Report on plague and inoculation in the Punjab from October 1st ... to September 30th..., being the ... season of plague in the province
Disease focus: Plague
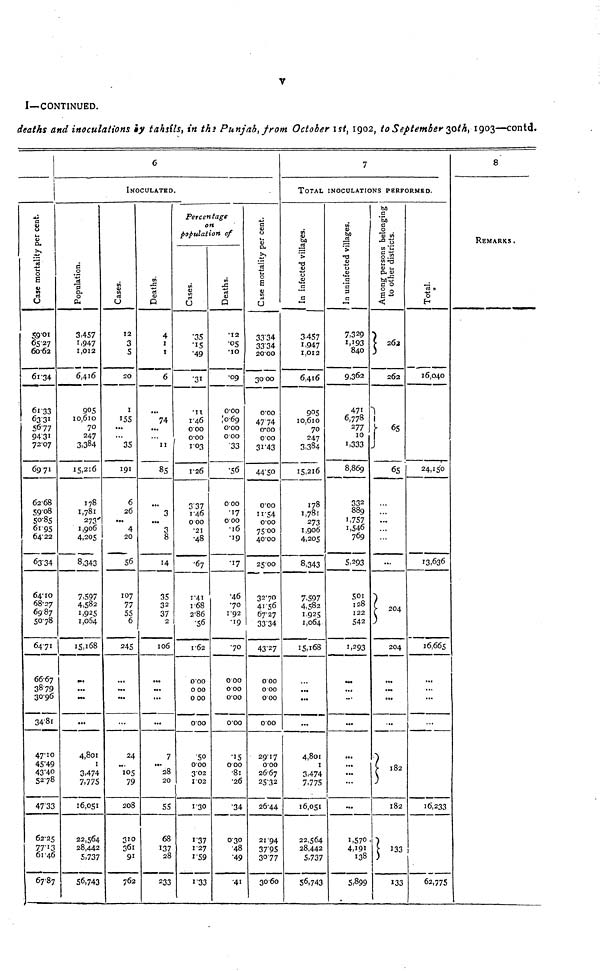
V
I—CONTINUED.
deaths and inoculations by tahsils, in the Punjab, from October 1st, 1902, to September 30th, 1903—contd.
i
Case Mortality per cent.
59.01
65.27
6062
61.34
61.33
63.31
56.77
94.31
72.07
69.71
62.68
59.08
50.85
61.95
64.22
63.34
64.10
68.27
69 87
50.78
64.71
6667
38.79
30.96
34.81
47.10
45.49
43.40
52.78
4733
62.25
77.13
61.46
6787
6
INOCULATED.
Population
3,457
1,947
1,012
6,416
905
10,610
70
247
3,384
15,216
178
1,781
273"
1,906
4,205
8,343
7,597
4,582
1,925
1,064
15,168
...
...
...
4,801
I
3,474
7,775
16,051
22,564
28,442
5,737
56,743
Cases
12
3
5
20
1
155
...
...
35
191
6
26
...
4
20
56
107
77
55
6
245
...
...
24
105
79
208
310
361
91
762
Deaths
4
1
1
6
74
...
11
85
3
...
3
8
14
35
32
37
2
106
...
'••
...
7
...
28
20
55
68
137
28
233
Percentage
on
population of
Cases
.35
.15
.49
.31
.11
1.46
000
000
1.03
1.26
337
1.46
0 00
.21
.48
.67
1.41
1.68
2.86
.56
1.62
000
000
0 00
000
.50
000
302
1.02
1.30
1.37
1.27
1.59
1.33
Deaths
.12
.05
.10
.09
000
,'069
o.oo
0 00
.33
•56
0 00
.17
0 00
.16
.19
.17
.46
70
1.92
.19
.70
0 00
0 00
000
000
.15
000
.81
.26
.34
030
•48
.49
.41
33.34
2000
30 00
o.oo
47 74
0.00
000
31.43
44.50
o.oo
11.54
o.oo
7500
40.00
25.00
32.70
41.56
67.27
3334
43.27
0.00
0 00
000
0 00
29.17
000
2667
25.32
2644
21.94
3795
30.77
3060
7
TOTAL INOCULATIONS PERFORMED.
In infected Village
3457
1,947
1,012
6,416
9°5
10,610
70
247
3,384
15,216
178
1,781
273
1,906
4,205
8,343
7,597
4,582
1925
1,064
15,168
...
...
...
4,801
1
3,474
7,775
16,051
22,564
28,442
5,737
56,743
In infected Village
7,329
1,193
840
9,362
471
6,778
277
10
1,333
8,869
332
889
1,757
1,546
769
5,293
501
128
122
542
1,293
...
...
...
...
...
...
1,570
4,191
138
5,899
Among persons belonging to other district
262
262
65
65
...
...
...
...
...
...
204
...
...
...
182
182
133
133
Total
16,040
24,150
13,636
16,665
...
...
...
16,233
62,775
8
REMARKS.